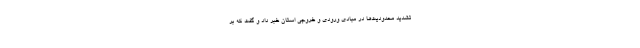
تشدید محدودیت‌ها در مبادی ورودی و خروجی استان خبر داد و گفت که بر